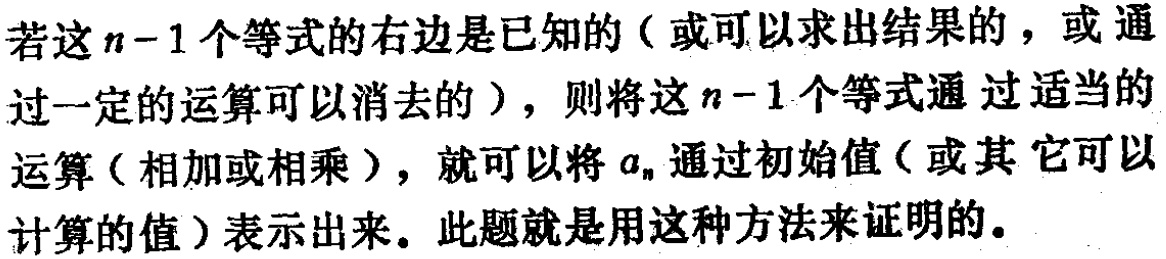
若这\(n - 1\)个等式的右边是已知的（或可以求出结果的，或通过一定的运算可以消去的），则将这\(n - 1\)个等式通过适当的运算（相加或相乘），就可以将\(a_{n}\)通过初始值（或其它可以计算的值）表示出来。此题就是用这种方法来证明的。